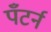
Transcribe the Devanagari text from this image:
पँटर्न